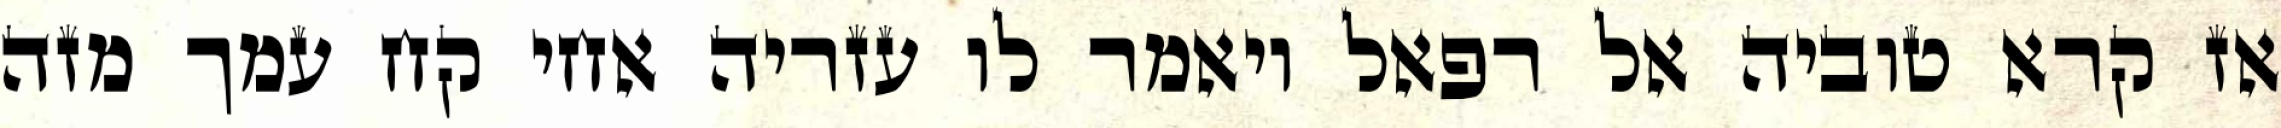
אז קרא טוביה אל רפאל ויאמר לו עזריה אחי קח עמך מזה